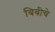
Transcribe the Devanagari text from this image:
बिबीचे